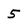
Character: 5